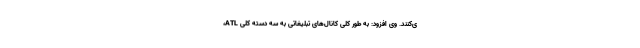
ی‌کنند. وی افزود: به طور کلی کانال‌های تبلیغاتی به سه دسته کلی ATL،